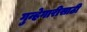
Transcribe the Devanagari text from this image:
गुन्हेगारीसाठी